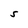
Character: S